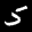
Label: 5